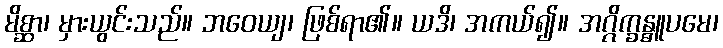
မိစ္ဆာ၊ မှားယွင်းသည်။ ဘဝေယျ၊ ဖြစ်ရာ၏။ ယဒိ၊ အကယ်၍။ အဂ္ဂိက္ခန္ဓူပမေ၊